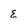
Character: E